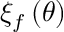
\xi _ { f } \left( \theta \right)